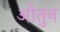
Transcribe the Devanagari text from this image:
ओतुन